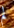
لم